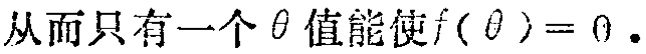
从而只有一个$\theta$值能使$f(\theta)=0.$